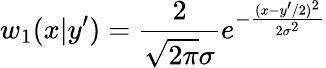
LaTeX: w_{1}(x|y^{\prime})={\frac{2}{\sqrt{2\pi}\sigma}}e^{-{\frac{(x-y^{\prime}/2)^{2}}{2\sigma^{2}}}}